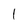
Character: l